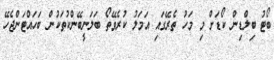
ބޯޓު ބިލްޑިން ކޯޑަށް މި މަހު ތެރޭގައި އަމަލު ކުރެވޭތޯ ބަލަނީބޭންކުތަކުން ބަހައްޓަންޖެހޭ